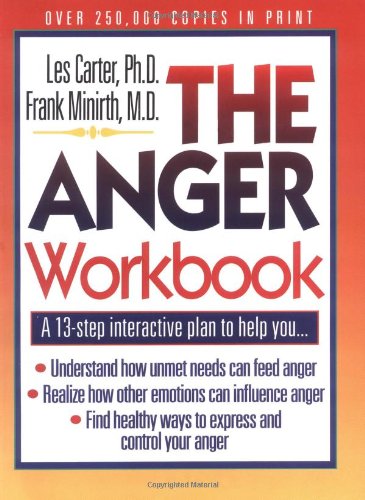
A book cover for The Anger Workbook: A 13-Step Interactive Plan to Help You... (Minirth-Meier Clinic Series); Self-Help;